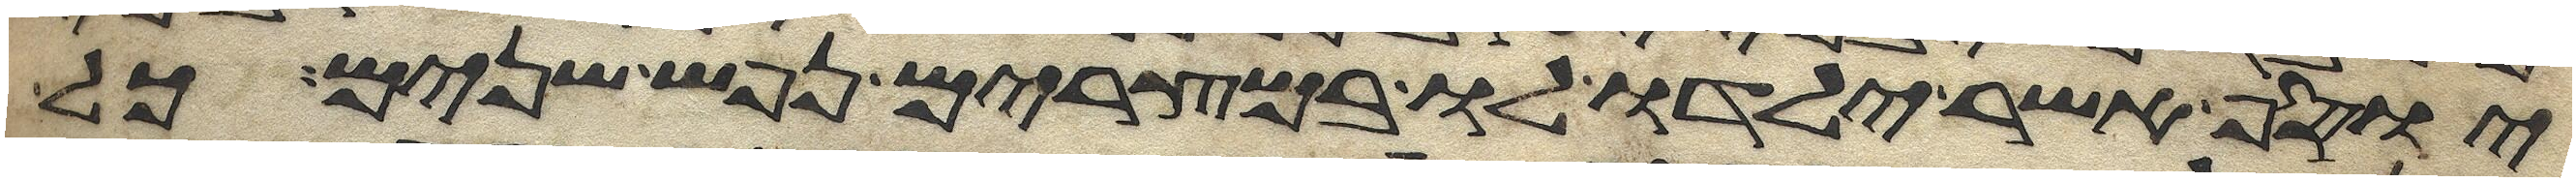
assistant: יוסף אשר ילדו לו במצרים נפש שנים כל